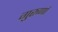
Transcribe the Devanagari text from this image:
गुरुणां